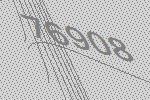
76908